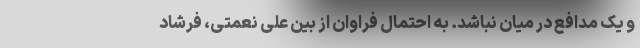
و یک مدافع در میان نباشد. به احتمال فراوان از بین علی نعمتی، فرشاد